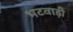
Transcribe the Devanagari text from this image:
भटवाड़ी